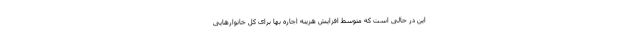
این در حالی است که متوسط افزایش هزینه اجاره بها برای کل خانوارهایی